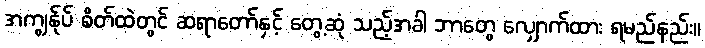
အကျွန်ုပ် စိတ်ထဲတွင် ဆရာတော်နှင့် တွေ့ဆုံ သည့်အခါ ဘာတွေ လျှောက်ထား ရမည်နည်း။